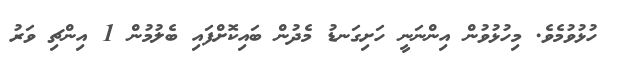
ހުޅުވުމެވެ. މިހުޅުވުން އިންނަނީ ހަށިގަނޑު މެދުން ބައިކޮށްފައި ބެލުމުން 1 އިންޗި ވަރު